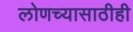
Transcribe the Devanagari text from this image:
लोणच्यासाठीही